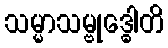
သမ္မာသမ္ဗုဒ္ဓေါတိ